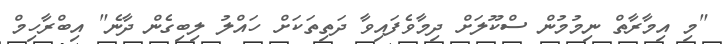
"މި އިމާރާތް ނިމުމުން ސްކޫލަށް ދިމާވެފައިވާ ދަތިތަކަށް ހައްލު ލިބިގެން ދާނެ" އިބްރާހިމް